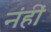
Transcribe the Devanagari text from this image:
नंहीं